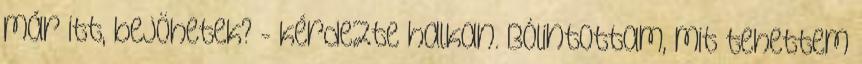
már itt, bejöhetek? - kérdezte halkan. Bólintottam, mit tehettem